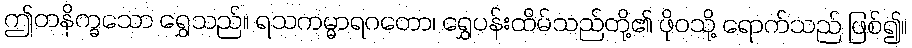
ဤတနိက္ခသော ရွှေသည်။ ရသကမ္မာရဂတော၊ ရွှေပန်းထိမ်သည်တို့၏ ဖိုဝသို့ ရောက်သည် ဖြစ်၍။